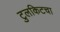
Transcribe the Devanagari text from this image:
टुलकिटचा